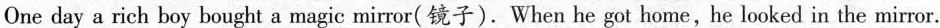
One day a rich boy bought a magic mirror( 镜子).When he got home,he looked in the mirror.